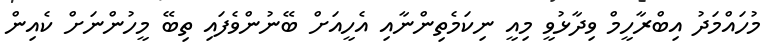
މުހައްމަދު އިބްރާހީމް ވިދާޅުވީ މިއީ ނިކަމެތިންނާއި އެހީއަށް ބޭނުންވެފައި ތިބޭ މީހުންނަށް ކެއިން